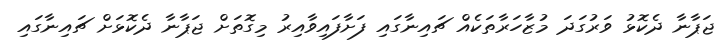
ޖަޕާނާ ދެކޮޅު ވަރުގަދަ މުޒާހަރާތަކެއް ޗައިނާގައި ފަށާފައިވާއިރު މިގޮތަށް ޖަޕާނާ ދެކޮޅަށް ޗައިނާގައި